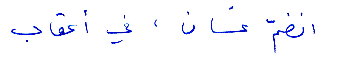
انضم غسان، في اعقاب